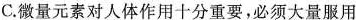
C.微量元素对人体作用十分重要，必须大量服用